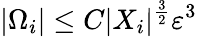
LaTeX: |\Omega_{i}|\leq C|X_{i}|^{\frac{3}{2}}\varepsilon^{3}